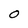
Character: O